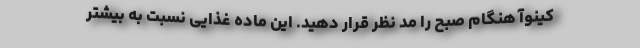
کینوآ هنگام صبح را مد نظر قرار دهید. این ماده غذایی نسبت به بیشتر